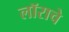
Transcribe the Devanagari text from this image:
लॉराचे